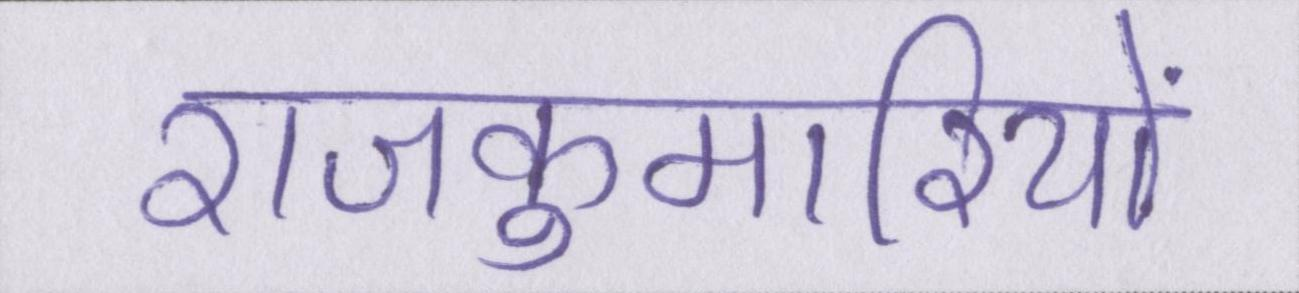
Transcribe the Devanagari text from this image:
राजकुमारियों